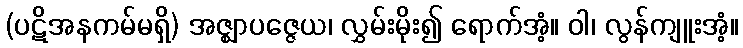
(ပဋိအနကမ်မရှိ) အဇ္ဈာပဇ္ဇေယ၊ လွှမ်းမိုး၍ ရောက်အံ့။ ဝါ၊ လွန်ကျူးအံ့။